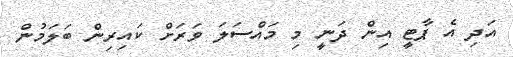
އަދި އެ ޕާޓީ އިން ދަނީ މި މައްސަލަ ވަރަށް ކައިރިން ބަލަމުން